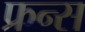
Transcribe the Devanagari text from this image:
फ्रन्स